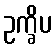
ဥက္ခိပ